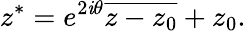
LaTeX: z^{*}=e^{2\mathit{i}\theta}{\overline{{{z-z_{0}}}}}+z_{0}.